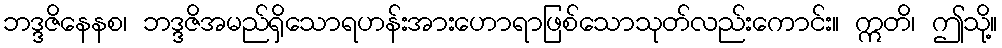
ဘဒ္ဒဇိနေနစ၊ ဘဒ္ဒဇိအမည်ရှိသောရဟန်းအားဟောရာဖြစ်သောသုတ်လည်းကောင်း။ ဣတိ၊ ဤသို့။